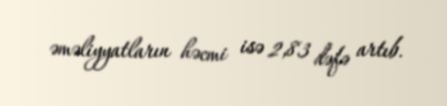
əməliyyatların həcmi isə 2,83 dəfə artıb.